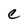
Character: C